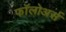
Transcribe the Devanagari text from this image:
फॉलोअर्स